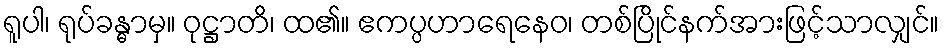
ရူပါ၊ ရုပ်ခန္ဓာမှ။ ဝုဋ္ဌာတိ၊ ထ၏။ ဧကပ္ပဟာရေနေဝ၊ တစ်ပြိုင်နက်အားဖြင့်သာလျှင်။